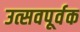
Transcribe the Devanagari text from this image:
उत्सवपूर्वक